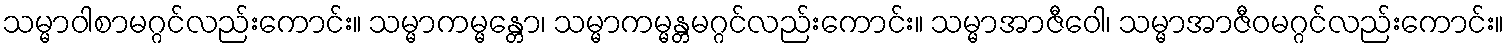
သမ္မာဝါစာမဂ္ဂင်လည်းကောင်း။ သမ္မာကမ္မန္တော၊ သမ္မာကမ္မန္တမဂ္ဂင်လည်းကောင်း။ သမ္မာအာဇီဝေါ၊ သမ္မာအာဇီဝမဂ္ဂင်လည်းကောင်း။